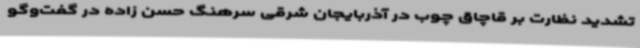
تشدید نظارت بر قاچاق چوب در آذربایجان شرقی سرهنگ حسن زاده در گفت‌وگو